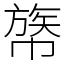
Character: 𢄧